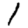
Digit: 1